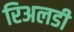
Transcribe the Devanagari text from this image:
रिअलडी